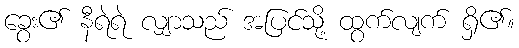
ခွေး၏ နီရဲရဲ လျှာသည် အပြင်သို့ ထွက်လျက် ရှိ၏။